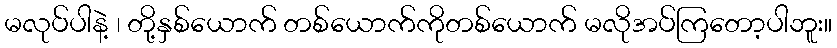
မလုပ်ပါနဲ့ ၊ တို့နှစ်ယောက် တစ်ယောက်ကိုတစ်ယောက် မလိုအပ်ကြတော့ပါဘူး။